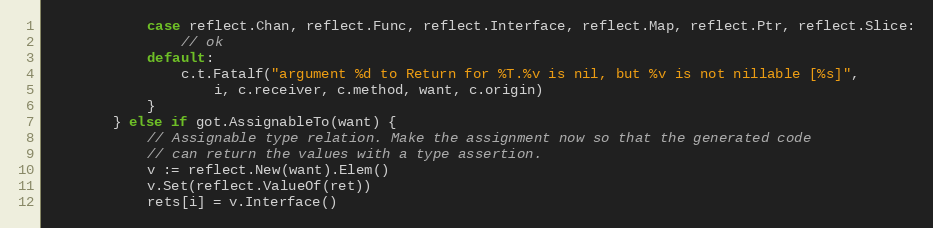
Language: Go
			case reflect.Chan, reflect.Func, reflect.Interface, reflect.Map, reflect.Ptr, reflect.Slice:
				// ok
			default:
				c.t.Fatalf("argument %d to Return for %T.%v is nil, but %v is not nillable [%s]",
					i, c.receiver, c.method, want, c.origin)
			}
		} else if got.AssignableTo(want) {
			// Assignable type relation. Make the assignment now so that the generated code
			// can return the values with a type assertion.
			v := reflect.New(want).Elem()
			v.Set(reflect.ValueOf(ret))
			rets[i] = v.Interface()